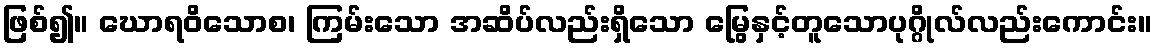
ဖြစ်၍။ ဃောရဝိသောစ၊ ကြမ်းသော အဆိပ်လည်းရှိသော မြွေနှင့်တူသောပုဂ္ဂိုလ်လည်းကောင်း။